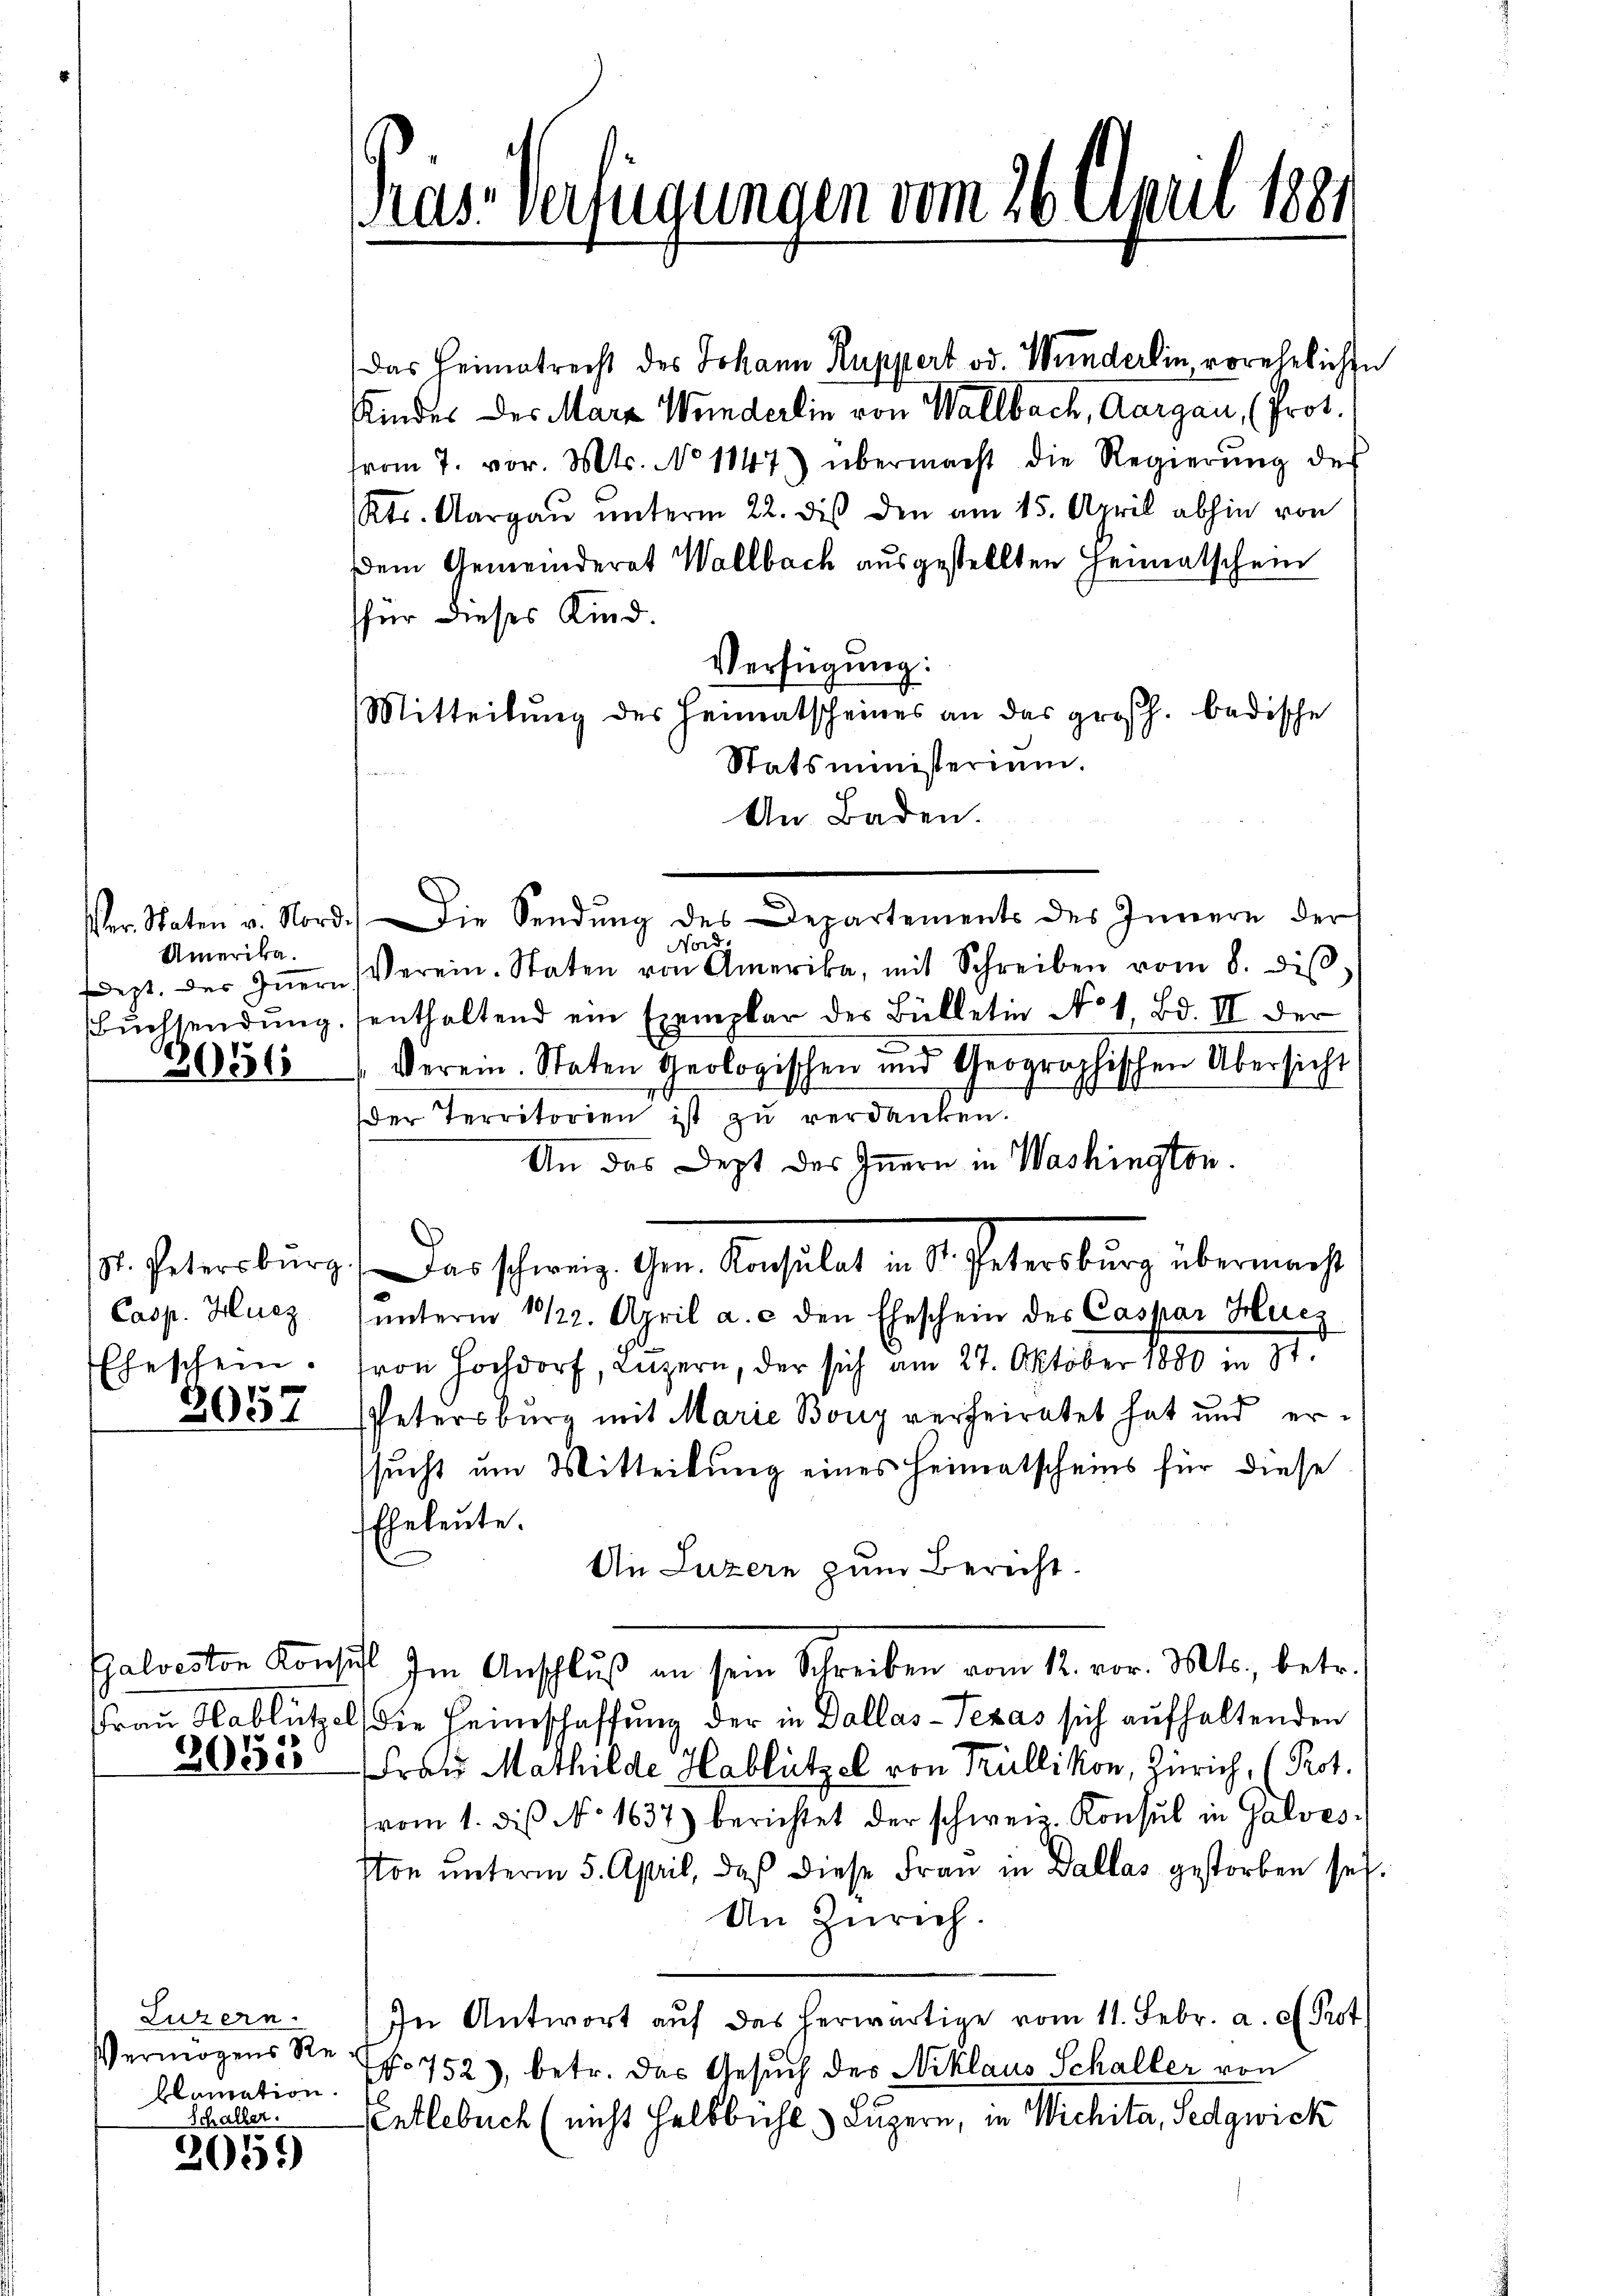
Ver Staten v. Nord
Umerika.
Buchsendung

3056

Casp. Hucz
Eheschein.

2057

2052

Luzern.
Vermögens Reklamation.

Schaller.
2051)

Präs. Verfügungen vom 26. April 1881

Das Heimatrecht des Johann Ruppert od. Wunderlin, vorehelichen
Kindes des Mara Wunderlin von Wallbach, Aargau, (Prot.
vom 7. vor. Mts. No 1147) übermacht die Regierŭng der
(Kts. Aargaŭ ŭnterm 22. des den am 15. April abhin von
dem Gemeinderat Wallbach ausgestellten Heimatschein
für dieses Kind.
Verfügung:
Mitteilung des Heimatscheines an das großh. badische
Statsministerium.
An Baden.
.) Die Sendung des Departements des Innern der
Nord
dept. des Iṅern Verein. Staten von Amerika, mit Schreiben vom 8. diβ.
enthaltend ein Exemplar des Bülletin No 1, Bd. II der
e
Verein. Staten Geologischen und Geographischen Übersicht
der Territorien ist zu verdanken.
An das Dept des Innern in Washington.
. Petersburg. Das schweiz. Gem. Konsulat in S. Petersburg übermacht
ŭnterm 10/22. April a. c. den Eheschein des Caspar Hercz
von Hochdorf, Luzern, der sich am 27. Oktober 1880 in St.
.
Petersburg mit Marie Bony verheiratet hat und ersucht um Mitteilung eines Heimatscheins für diese
Eheleute.
An Luzern zum Bericht.
Galveston Konsis. Im Anschluß an sein Schreiben vom 12. vor. Mts., betr.
Frau Hablützel die Heimschaffung der in Dallas-Texas sich aufhaltenden
Frau Mathilde Hablützel von Trüllikon, Zürich, (Pot.
vom 1. dis No 1637) berichtet der schweiz. Konsul in Galves
ston unterm 5. April, daß diese Frau in Dallas gestorben sei.
An Zürich.
In Antwort auf das herwärtige vom 11. Febr. a. c. Prot
No 752), betr. das Gesuch der Niklaus Schaller von
Entlebuch (nicht Halbbühl. Luzern, in Wichita, Sedgwick